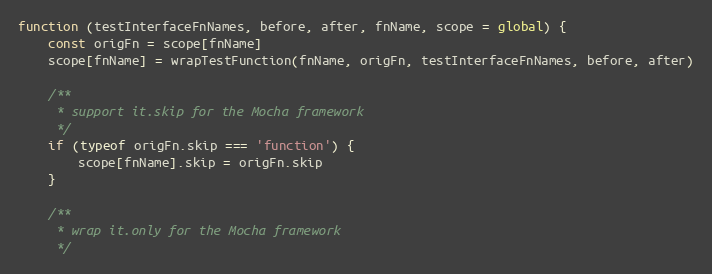
Language: JavaScript
function (testInterfaceFnNames, before, after, fnName, scope = global) {
    const origFn = scope[fnName]
    scope[fnName] = wrapTestFunction(fnName, origFn, testInterfaceFnNames, before, after)

    /**
     * support it.skip for the Mocha framework
     */
    if (typeof origFn.skip === 'function') {
        scope[fnName].skip = origFn.skip
    }

    /**
     * wrap it.only for the Mocha framework
     */